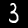
Digit: 3